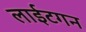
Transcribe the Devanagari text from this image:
लाईटगन